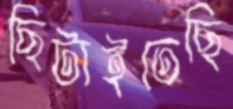
ছিটাইতেছি